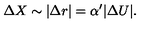
\Delta X \sim | \Delta r | = \alpha ^ { \prime } | \Delta U | .